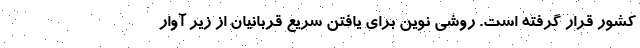
کشور قرار گرفته است. روشی نوین برای یافتن سریع قربانیان از زیر آوار